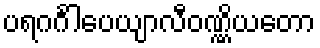
ပရဂင်္ဂါပေယျာလီဝဏ္ဏိယတော